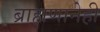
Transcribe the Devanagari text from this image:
ब्राह्मणानेही